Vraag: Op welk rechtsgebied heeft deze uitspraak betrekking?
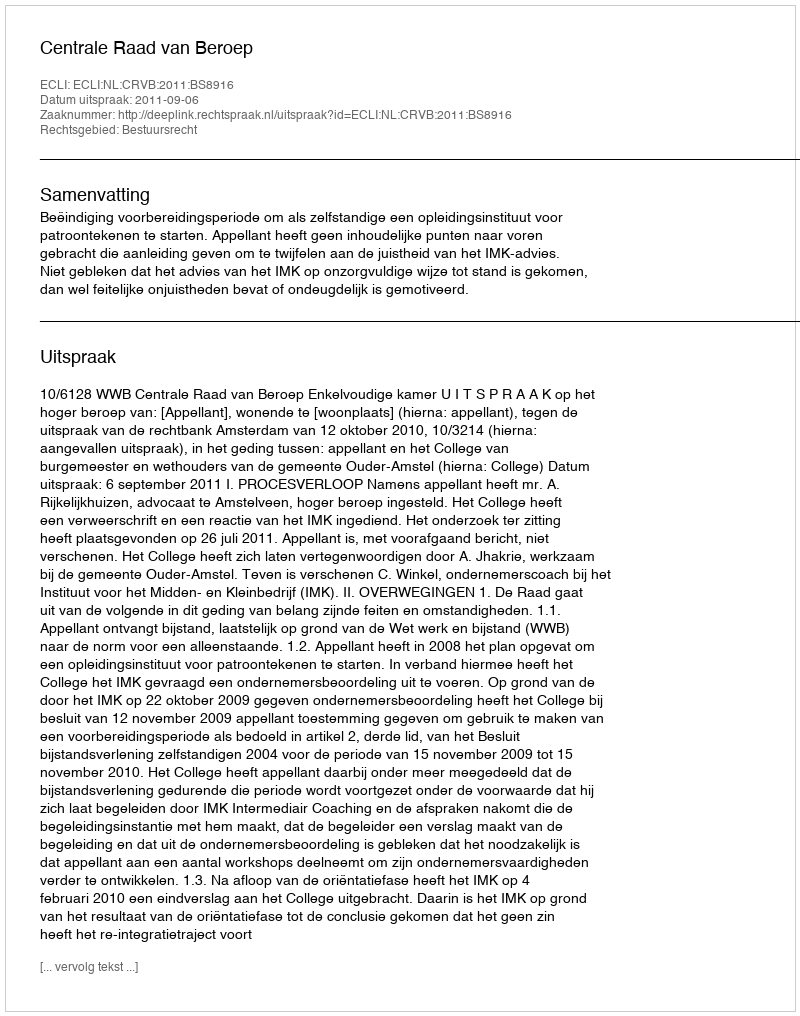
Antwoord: Bestuursrecht